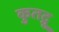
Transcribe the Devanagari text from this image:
कुतद्गु